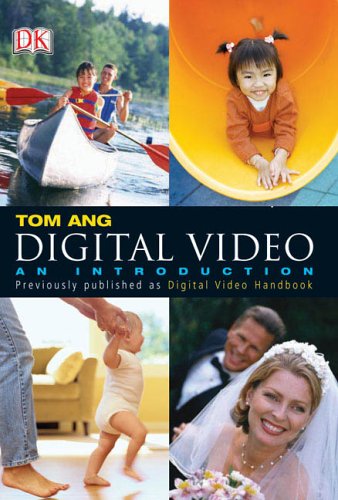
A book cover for Digital Video: An Introduction; Tom Ang; Humor & Entertainment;